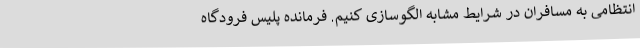
انتظامی به مسافران در شرایط مشابه الگوسازی کنیم. فرمانده پلیس فرودگاه